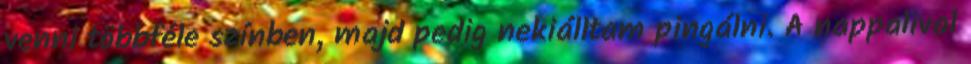
venni többféle színben, majd pedig nekiálltam pingálni. A nappalival